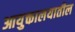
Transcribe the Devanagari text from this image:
आयुक्तालयातील